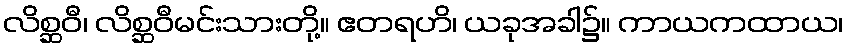
လိစ္ဆဝီ၊ လိစ္ဆဝီမင်းသားတို့။ ဧတရဟိ၊ ယခုအခါ၌။ ကာယကထာယ၊